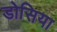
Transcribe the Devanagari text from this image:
डोसिया